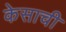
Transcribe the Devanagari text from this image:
केसाची